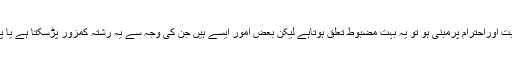
شوہر اور بیوی کا رشتہ محبت اوراحترام پرمبنی ہو تو یہ بہت مضبوط تعلق ہوتاہے لیکن بعض امور ایسے ہیں جن کی وجہ سے یہ رشتہ کمزور پڑسکتا ہے یا پھر اس کا حسن کھو جاتاہے۔